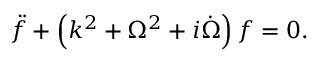
\ddot { f } + \left( k ^ { 2 } + \Omega ^ { 2 } + i \dot { \Omega } \right) f = 0 .